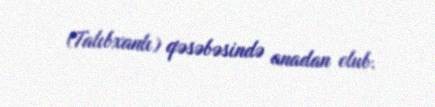
(Talıbxanlı) qəsəbəsində anadan olub.